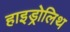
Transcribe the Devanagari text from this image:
हाइड्रोलिथ